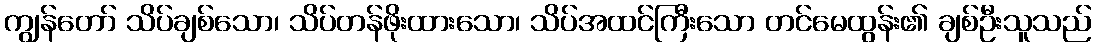
ကျွန်တော် သိပ်ချစ်သော၊ သိပ်တန်ဖိုးထားသော၊ သိပ်အထင်ကြီးသော တင်မေထွန်း၏ ချစ်ဦးသူသည်